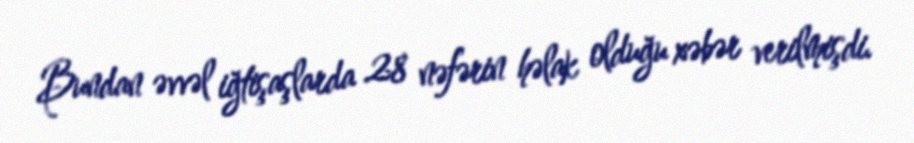
Bundan əvvəl iğtişaşlarda 28 nəfərin həlak olduğu xəbər verilmişdi.